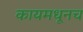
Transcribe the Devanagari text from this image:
कायमधूनच